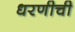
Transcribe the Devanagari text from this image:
धरणीची